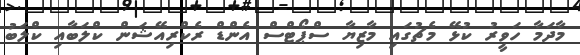
މާދަމާ ހަވީރު ކުޅޭ މެޗުގައި މާޒިޔާ ސްޕޯޓްސް އެންޑް ރެކްރިއޭޝަން ކްލަބާއި ކްލަބު